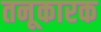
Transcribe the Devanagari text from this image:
तनूकारक